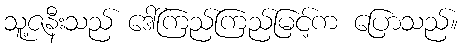
သူ့ဇနီးသည် ဒေါ်ကြည်ကြည်မြင့်က ပြောသည်။